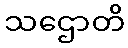
သဌောတိ